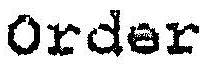
ORDER